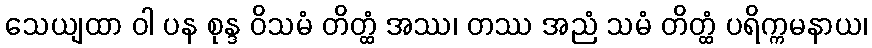
သေယျထာ ဝါ ပန စုန္ဒ ဝိသမံ တိတ္ထံ အဿ၊ တဿ အညံ သမံ တိတ္ထံ ပရိက္ကမနာယ၊